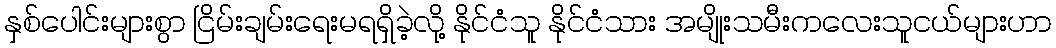
နှစ်ပေါင်းများစွာ ငြိမ်းချမ်းရေးမရရှိခဲ့လို့ နိုင်ငံသူ နိုင်ငံသား အမျိုးသမီးကလေးသူငယ်များဟာ